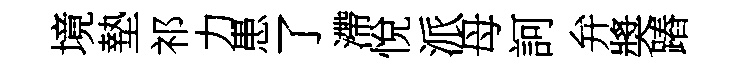
境墊祁力患了滯悅派母訶弁奬蹖